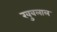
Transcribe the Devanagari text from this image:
खुबलाल